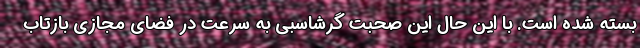
بسته شده است. با این حال این صحبت گرشاسبی به سرعت در فضای مجازی بازتاب